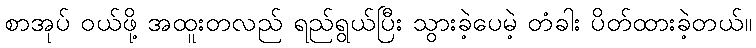
စာအုပ် ဝယ်ဖို့ အထူးတလည် ရည်ရွယ်ပြီး သွားခဲ့ပေမဲ့ တံခါး ပိတ်ထားခဲ့တယ်။